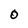
Character: O